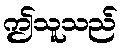
ဤသူသည်